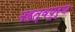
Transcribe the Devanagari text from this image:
महत्वपूर्ण